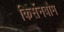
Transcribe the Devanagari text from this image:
किर्सेनबौम